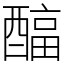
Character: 𲆹